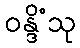
ဝန္ဒိံသု